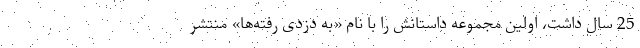
25 سال داشت، اولین مجموعه داستانش را با نام «به دزدی رفته‌ها» منتشر